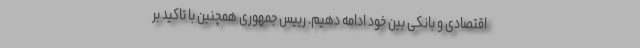
اقتصادی و بانکی بین خود ادامه دهیم. رییس جمهوری همچنین با تاکید بر